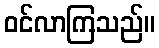
ဝင်လာကြသည်။